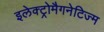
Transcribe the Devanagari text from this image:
इलेक्ट्रोमैगनेटिज्म